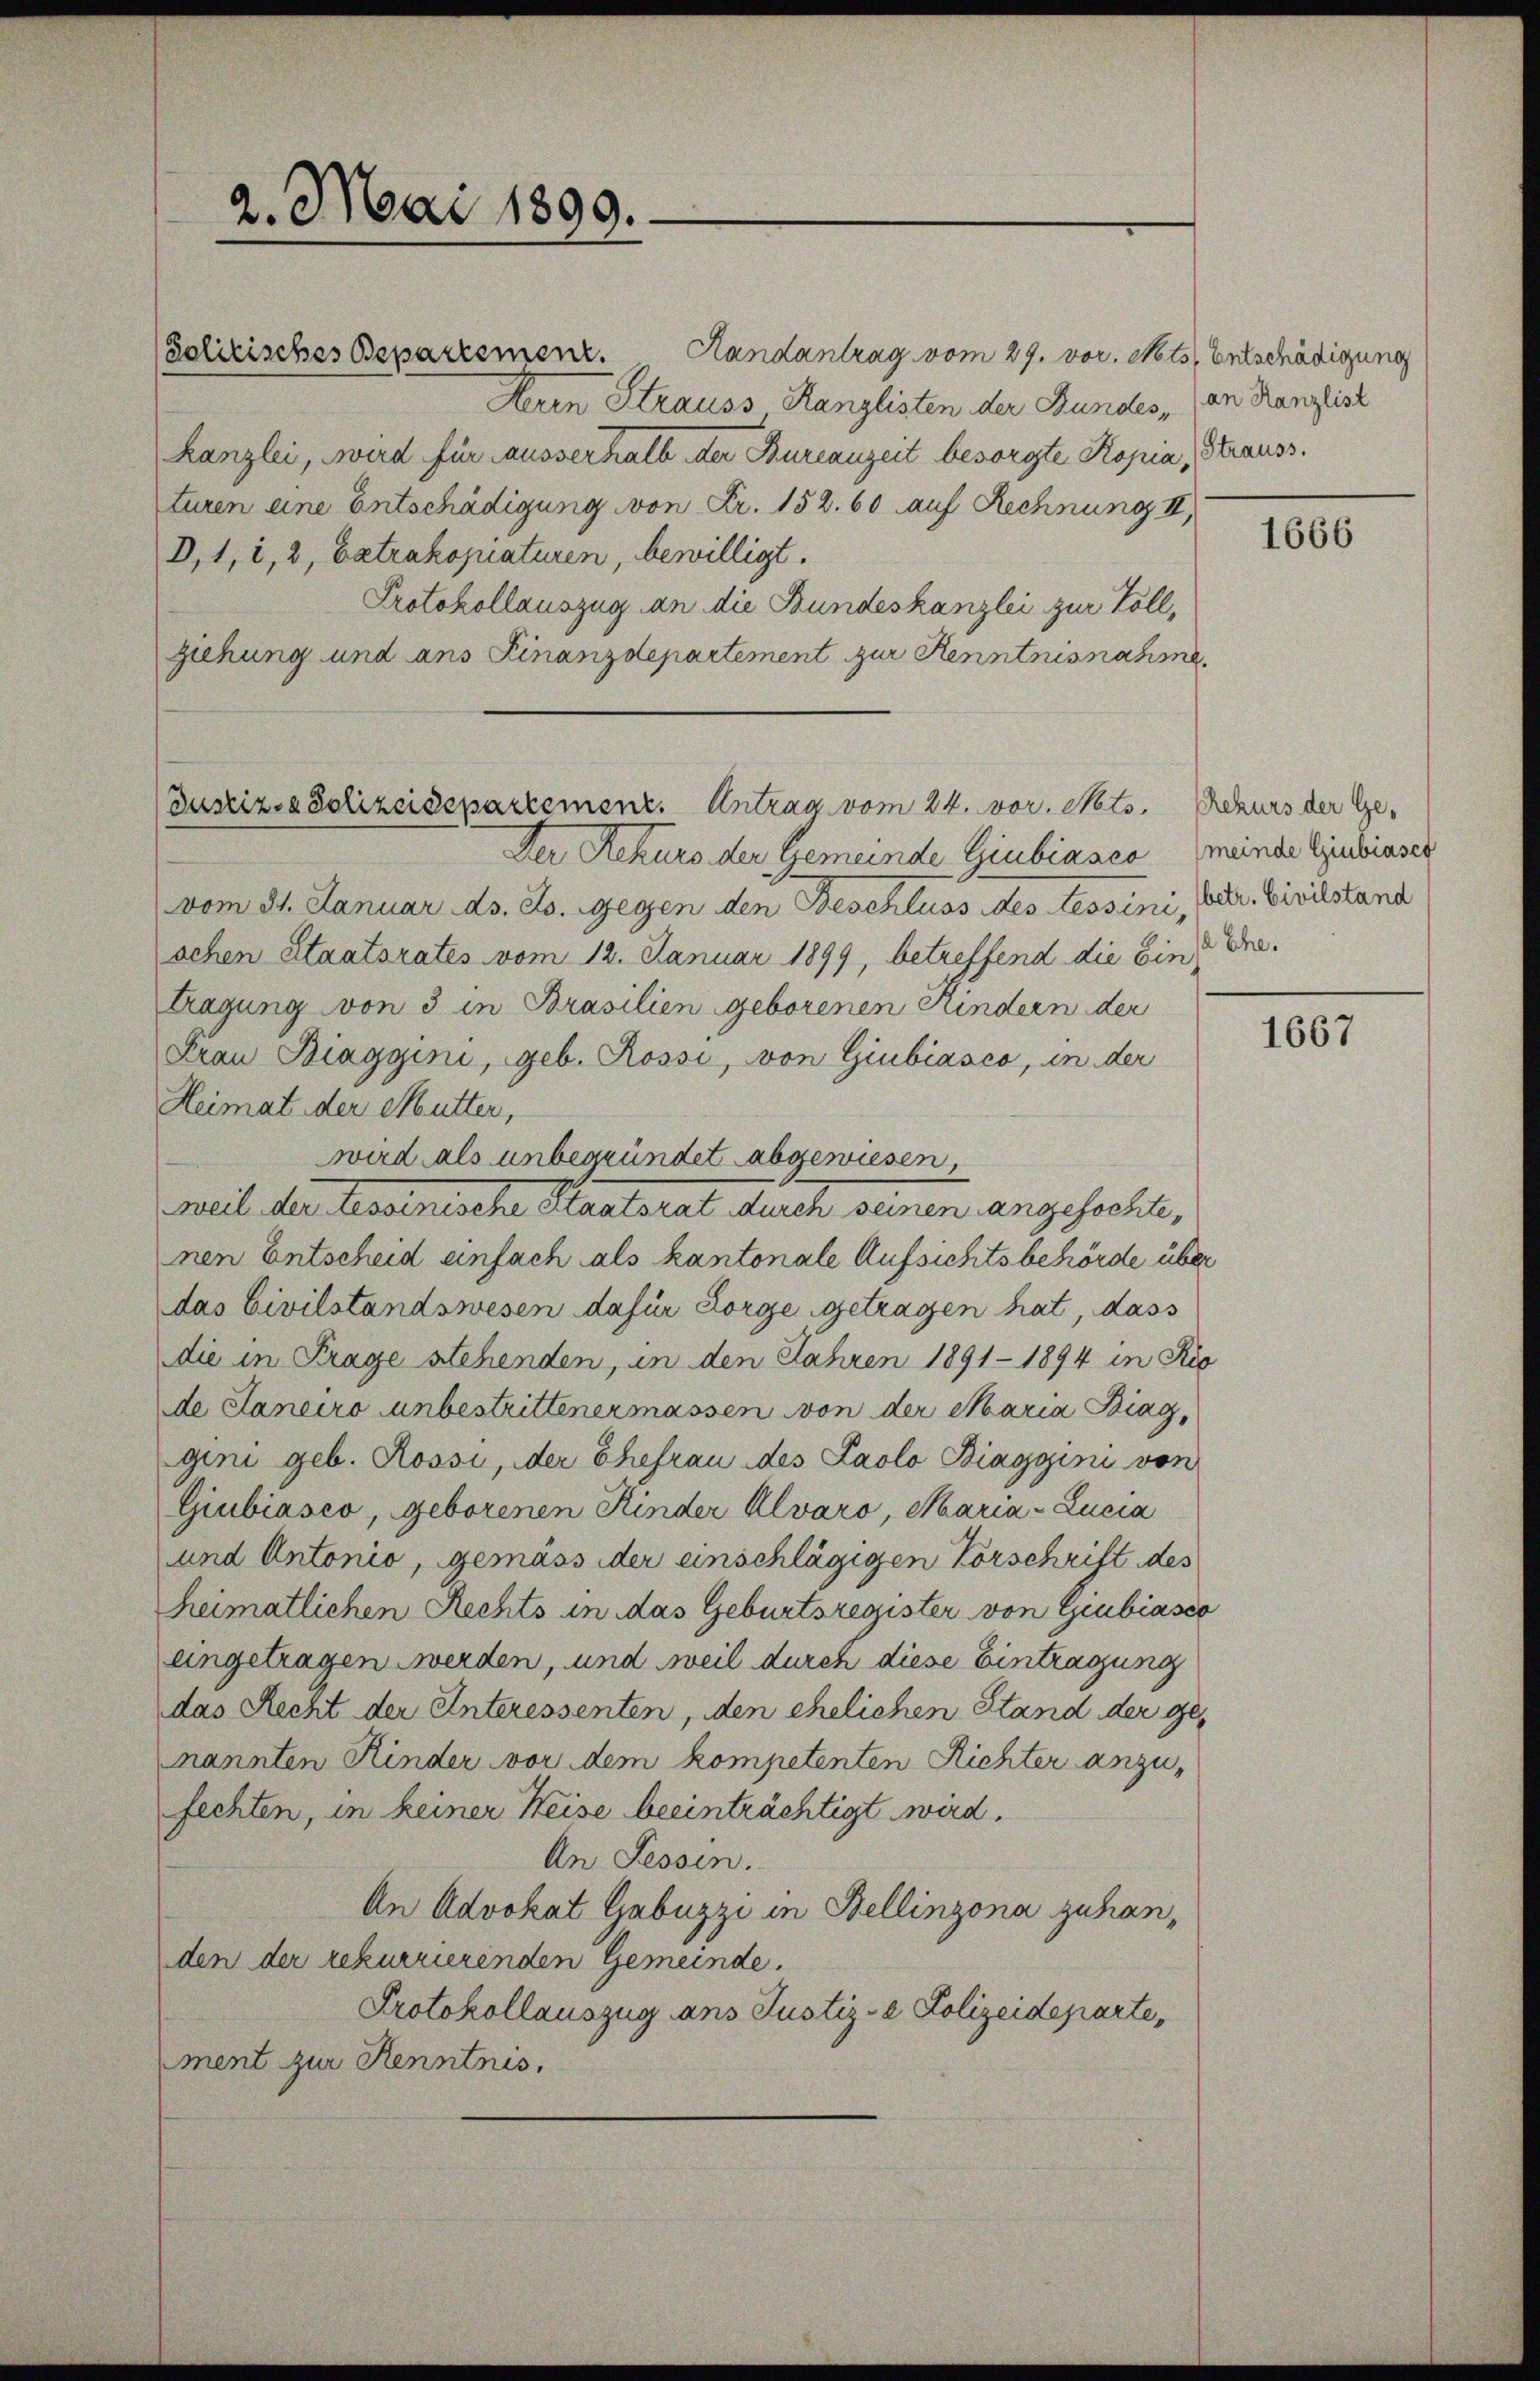
2. Mai 1899.

(Solitisches Departemenz. Handantrag vom 29. vor. Mts. Entschädigung
Aeren Strauss Kanzlisten der Bundes (an Kanzlist
kanzlei, wird für ausserhalb der Bureauzeit besorgte Kopia, Strauss
turen eine Entschädigung von Fr. 152. 60 auf Rechnung
D,1, 1, 2, betrakopiaturen, bewilligt.
Protokollauszug an die Bundeskanzlei zur Vollziehung und ans Finanzdepartement zur Kenntnisnahme

Justiz- & Polizeidepartement. Antrag vom 24. vor. Mts. Rekurs der Ge¬

Der Rekurs der Gemeinde Giubiasca meinde Giubiases
vom 31. Januar ds. As. Gegen den Beschluss des Lessini, betr. Civilstand
schen Staatsrates vom 12. Januar 1899, betreffend die Ein
tragung von 3 in Brasilien geborenen Kindern der
Frau Biaggini, geb. Rossi, von Giubiasco, in der
Heimat der Mutter,
wird als unbegründet abgewiesen,
weil der Tessinische Staatsrat durch seinen angefochte,
nen Entscheid einfach als kantonale Aufsichtsbehörde über
das Civilstandswesen dafür Sorge getragen hat, dass
die in Frage stehenden, in den Jahren 1891 - 1894 in Rio
de Saneiro unbestrittenermassen von der Maria Biag,
gini geb. Rossi, der Ehefrau des Paolo Biaggini von
Giubiasco, geborenen Kinder Alvaro, Maria- Lucia
und Antonio, gemäss der einschlägigen Vorschrift des
heimatlichen Rechts in das Geburtsregister von Giubiasco
eingetragen werden, und weil durch diese Eintragung
das Recht der Interessenten, den ehelichen Stand der genannten Kinder vor dem kompetenten Richter anzufechten, in keiner Heise beeinträchtigt wird.
An Fessen.
An Advokat Gabuzzi in Bellinzona zuhanden der rekurrierenden Gemeinde.
Protokollauszug ans Justiz- & Polizeideparte,
ment zur Kenntnis.

1666

a Ehe.

1667